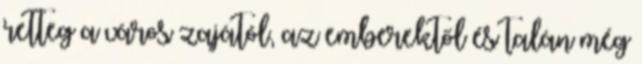
retteg a város zajától, az emberektől és talán még